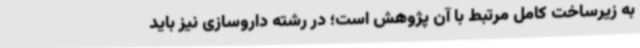
به زیرساخت کامل مرتبط با آن پژوهش است؛ در رشته داروسازی نیز باید